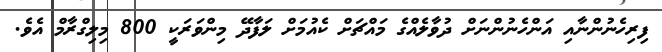
ފިރިހެނުންނާއި އަންހެނުންނަށް ދުވާލެއްގެ މައްޗަށް ކެއުމަށް ލަފާދޭ މިންވަރަކީ 800 މިލިގްރާމް އެވެ.